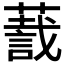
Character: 𬞛